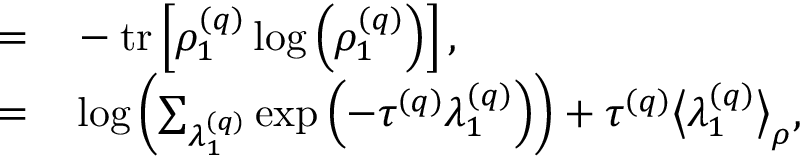
\begin{array} { r l } { = } & { { } - \operatorname { t r } \left[ \rho _ { 1 } ^ { \left( q \right) } \log \left( \rho _ { 1 } ^ { \left( q \right) } \right) \right] , } \\ { = } & { { } \log \left( \sum _ { \lambda _ { 1 } ^ { \left( q \right) } } \exp \left( - \tau ^ { \left( q \right) } \lambda _ { 1 } ^ { \left( q \right) } \right) \right) + \tau ^ { \left( q \right) } \big \langle \lambda _ { 1 } ^ { \left( q \right) } \big \rangle _ { \rho } , } \end{array}